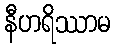
နီဟရိဿာမ